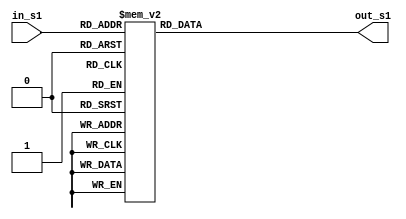
module s_box_01(in_s1,out_s1);

input [7:0] in_s1;
output reg [31:0] out_s1;

always@(*)
begin
	
	case(in_s1)
	
		8'h00 : out_s1 = 32'hd1310ba6  ;
		8'h01 : out_s1 = 32'h98dfb5ac  ;
		8'h02 : out_s1 = 32'h2ffd72db  ;
		8'h03 : out_s1 = 32'hd01adfb7  ;
		8'h04 : out_s1 = 32'hb8e1afed  ;
		8'h05 : out_s1 = 32'h6a267e96  ;
		8'h06 : out_s1 = 32'hba7c9045  ;
		8'h07 : out_s1 = 32'hf12c7f99  ;
		8'h08 : out_s1 = 32'h24a19947  ;
		8'h09 : out_s1 = 32'hb3916cf7  ;
		8'h0A : out_s1 = 32'h0801f2e2  ;
		8'h0B : out_s1 = 32'h858efc16  ;
		8'h0C : out_s1 = 32'h636920d8  ;
		8'h0D : out_s1 = 32'h71574e69  ;
		8'h0E : out_s1 = 32'ha458fea3  ;
		8'h0F : out_s1 = 32'hf4933d7e  ;
		8'h10 : out_s1 = 32'h0d95748f  ;
		8'h11 : out_s1 = 32'h728eb658  ;
		8'h12 : out_s1 = 32'h718bcd58  ;
		8'h13 : out_s1 = 32'h82154aee  ;
		8'h14 : out_s1 = 32'h7b54a41d  ;
		8'h15 : out_s1 = 32'hc25a59b5  ;
		8'h16 : out_s1 = 32'h9c30d539  ;
		8'h17 : out_s1 = 32'h2af26013  ;
		8'h18 : out_s1 = 32'hc5d1b023  ;
		8'h19 : out_s1 = 32'h286085f0  ;
		8'h1A : out_s1 = 32'hca417918  ;
		8'h1B : out_s1 = 32'hb8db38ef  ;
		8'h1C : out_s1 = 32'h8e79dcb0  ;
		8'h1D : out_s1 = 32'h603a180e  ;
		8'h1E : out_s1 = 32'h6c9e0e8b  ;
		8'h1F : out_s1 = 32'hb01e8a3e  ;
		8'h20 : out_s1 = 32'hd71577c1  ;
		8'h21 : out_s1 = 32'hbd314b27  ;
		8'h22 : out_s1 = 32'h78af2fda  ;
		8'h23 : out_s1 = 32'h55605c60  ;
		8'h24 : out_s1 = 32'he65525f3  ;
		8'h25 : out_s1 = 32'haa55ab94  ;
		8'h26 : out_s1 = 32'h57489862  ;
		8'h27 : out_s1 = 32'h63e81440  ;
		8'h28 : out_s1 = 32'h55ca396a  ;
		8'h29 : out_s1 = 32'h2aab10b6  ;
		8'h2A : out_s1 = 32'hb4cc5c34  ;
		8'h2B : out_s1 = 32'h1141e8ce  ;
		8'h2C : out_s1 = 32'ha15486af  ;
		8'h2D : out_s1 = 32'h7c72e993  ;
		8'h2E : out_s1 = 32'hb3ee1411  ;
		8'h2F : out_s1 = 32'h636fbc2a  ;
		8'h30 : out_s1 = 32'h2ba9c55d  ;
		8'h31 : out_s1 = 32'h741831f6  ;
		8'h32 : out_s1 = 32'hce5c3e16  ;
		8'h33 : out_s1 = 32'h9b87931e  ;
		8'h34 : out_s1 = 32'hafd6ba33  ;
		8'h35 : out_s1 = 32'h6c24cf5c  ;
		8'h36 : out_s1 = 32'h7a325381  ;
		8'h37 : out_s1 = 32'h28958677  ;
		8'h38 : out_s1 = 32'h3b8f4898  ;
		8'h39 : out_s1 = 32'h6b4bb9af  ;
		8'h3A : out_s1 = 32'hc4bfe81b  ;
		8'h3B : out_s1 = 32'h66282193  ;
		8'h3C : out_s1 = 32'h61d809cc  ;
		8'h3D : out_s1 = 32'hfb21a991  ;
		8'h3E : out_s1 = 32'h487cac60  ;
		8'h3F : out_s1 = 32'h5dec8032  ;
		8'h40 : out_s1 = 32'hef845d5d  ;
		8'h41 : out_s1 = 32'he98575b1  ;
		8'h42 : out_s1 = 32'hdc262302  ;
		8'h43 : out_s1 = 32'heb651b88  ;
		8'h44 : out_s1 = 32'h23893e81  ;
		8'h45 : out_s1 = 32'hd396acc5  ;
		8'h46 : out_s1 = 32'h0f6d6ff3  ;
		8'h47 : out_s1 = 32'h83f44239  ;
		8'h48 : out_s1 = 32'h2e0b4482  ;
		8'h49 : out_s1 = 32'ha4842004  ;
		8'h4A : out_s1 = 32'h69c8f04a  ;
		8'h4B : out_s1 = 32'h9e1f9b5e  ;
		8'h4C : out_s1 = 32'h21c66842  ;
		8'h4D : out_s1 = 32'hf6e96c9a  ;
		8'h4E : out_s1 = 32'h670c9c61  ;
		8'h4F : out_s1 = 32'habd388f0  ;
		8'h50 : out_s1 = 32'h6a51a0d2  ;
		8'h51 : out_s1 = 32'hd8542f68  ;
		8'h52 : out_s1 = 32'h960fa728  ;
		8'h53 : out_s1 = 32'hab5133a3  ;
		8'h54 : out_s1 = 32'h6eef0b6c  ;
		8'h55 : out_s1 = 32'h137a3be4  ;
		8'h56 : out_s1 = 32'hba3bf050  ;
		8'h57 : out_s1 = 32'h7efb2a98  ;
		8'h58 : out_s1 = 32'ha1f1651d  ;
		8'h59 : out_s1 = 32'h39af0176  ;
		8'h5A : out_s1 = 32'h66ca593e  ;
		8'h5B : out_s1 = 32'h82430e88  ;
		8'h5C : out_s1 = 32'h8cee8619  ;
		8'h5D : out_s1 = 32'h456f9fb4  ;
		8'h5E : out_s1 = 32'h7d84a5c3  ;
		8'h5F : out_s1 = 32'h3b8b5ebe  ;
		8'h60 : out_s1 = 32'he06f75d8  ;
		8'h61 : out_s1 = 32'h85c12073  ;
		8'h62 : out_s1 = 32'h401a449f  ;
		8'h63 : out_s1 = 32'h56c16aa6  ;
		8'h64 : out_s1 = 32'h4ed3aa62  ;
		8'h65 : out_s1 = 32'h363f7706  ;
		8'h66 : out_s1 = 32'h1bfedf72  ;
		8'h67 : out_s1 = 32'h429b023d  ;
		8'h68 : out_s1 = 32'h37d0d724  ;
		8'h69 : out_s1 = 32'hd00a1248  ;
		8'h6A : out_s1 = 32'hdb0fead3  ;
		8'h6B : out_s1 = 32'h49f1c09b  ;
		8'h6C : out_s1 = 32'h075372c9  ;
		8'h6D : out_s1 = 32'h80991b7b  ;
		8'h6E : out_s1 = 32'h25d479d8  ;
		8'h6F : out_s1 = 32'hf6e8def7  ;
		8'h70 : out_s1 = 32'he3fe501a  ;
		8'h71 : out_s1 = 32'hb6794c3b  ;
		8'h72 : out_s1 = 32'h976ce0bd  ;
		8'h73 : out_s1 = 32'h04c006ba  ;
		8'h74 : out_s1 = 32'hc1a94fb6  ;
		8'h75 : out_s1 = 32'h409f60c4  ;
		8'h76 : out_s1 = 32'h5e5c9ec2  ;
		8'h77 : out_s1 = 32'h196a2463  ;
		8'h78 : out_s1 = 32'h68fb6faf  ;
		8'h79 : out_s1 = 32'h3e6c53b5  ;
		8'h7A : out_s1 = 32'h1339b2eb  ;
		8'h7B : out_s1 = 32'h3b52ec6f  ;
		8'h7C : out_s1 = 32'h6dfc511f  ;
		8'h7D : out_s1 = 32'h9b30952c  ;
		8'h7E : out_s1 = 32'hcc814544  ;
		8'h7F : out_s1 = 32'haf5ebd09  ;
		8'h80 : out_s1 = 32'hbee3d004  ;
		8'h81 : out_s1 = 32'hde334afd  ;
		8'h82 : out_s1 = 32'h660f2807  ;
		8'h83 : out_s1 = 32'h192e4bb3  ;
		8'h84 : out_s1 = 32'hc0cba857  ;
		8'h85 : out_s1 = 32'h45c8740f  ;
		8'h86 : out_s1 = 32'hd20b5f39  ;
		8'h87 : out_s1 = 32'hb9d3fbdb  ;
		8'h88 : out_s1 = 32'h5579c0bd  ;
		8'h89 : out_s1 = 32'h1a60320a  ;
		8'h8A : out_s1 = 32'hd6a100c6  ;
		8'h8B : out_s1 = 32'h402c7279  ;
		8'h8C : out_s1 = 32'h679f25fe  ;
		8'h8D : out_s1 = 32'hfb1fa3cc  ;
		8'h8E : out_s1 = 32'h8ea5e9f8  ;
		8'h8F : out_s1 = 32'hdb3222f8  ;
		8'h90 : out_s1 = 32'h3c7516df  ;
		8'h91 : out_s1 = 32'hfd616b15  ;
		8'h92 : out_s1 = 32'h2f501ec8  ;
		8'h93 : out_s1 = 32'had0552ab  ;
		8'h94 : out_s1 = 32'h323db5fa  ;
		8'h95 : out_s1 = 32'hfd238760  ;
		8'h96 : out_s1 = 32'h53317b48  ;
		8'h97 : out_s1 = 32'h3e00df82  ;
		8'h98 : out_s1 = 32'h9e5c57bb  ;
		8'h99 : out_s1 = 32'hca6f8ca0  ;
		8'h9A : out_s1 = 32'h1a87562e  ;
		8'h9B : out_s1 = 32'hdf1769db  ;
		8'h9C : out_s1 = 32'hd542a8f6  ;
		8'h9D : out_s1 = 32'h287effc3  ;
		8'h9E : out_s1 = 32'hac6732c6  ;
		8'h9F : out_s1 = 32'h8c4f5573  ;
		8'hA0 : out_s1 = 32'h695b27b0  ;
		8'hA1 : out_s1 = 32'hbbca58c8  ;
		8'hA2 : out_s1 = 32'he1ffa35d  ;
		8'hA3 : out_s1 = 32'hb8f011a0  ;
		8'hA4 : out_s1 = 32'h10fa3d98  ;
		8'hA5 : out_s1 = 32'hfd2183b8  ;
		8'hA6 : out_s1 = 32'h4afcb56c  ;
		8'hA7 : out_s1 = 32'h2dd1d35b  ;
		8'hA8 : out_s1 = 32'h9a53e479  ;
		8'hA9 : out_s1 = 32'hb6f84565  ;
		8'hAA : out_s1 = 32'hd28e49bc  ;
		8'hAB : out_s1 = 32'h4bfb9790  ;
		8'hAC : out_s1 = 32'he1ddf2da  ;
		8'hAD : out_s1 = 32'ha4cb7e33  ;
		8'hAE : out_s1 = 32'h62fb1341  ;
		8'hAF : out_s1 = 32'hcee4c6e8  ;
		8'hB0 : out_s1 = 32'hef20cada  ;
		8'hB1 : out_s1 = 32'h36774c01  ;
		8'hB2 : out_s1 = 32'hd07e9efe  ;
		8'hB3 : out_s1 = 32'h2bf11fb4  ;
		8'hB4 : out_s1 = 32'h95dbda4d  ;
		8'hB5 : out_s1 = 32'hae909198  ;
		8'hB6 : out_s1 = 32'heaad8e71  ;
		8'hB7 : out_s1 = 32'h6b93d5a0  ;
		8'hB8 : out_s1 = 32'hd08ed1d0  ;
		8'hB9 : out_s1 = 32'hafc725e0  ;
		8'hBA : out_s1 = 32'h8e3c5b2f  ;
		8'hBB : out_s1 = 32'h8e7594b7  ;
		8'hBC : out_s1 = 32'h8ff6e2fb  ;
		8'hBD : out_s1 = 32'hf2122b64  ;
		8'hBE : out_s1 = 32'h8888b812  ;
		8'hBF : out_s1 = 32'h900df01c  ;
		8'hC0 : out_s1 = 32'h4fad5ea0  ;
		8'hC1 : out_s1 = 32'h688fc31c  ;
		8'hC2 : out_s1 = 32'hd1cff191  ;
		8'hC3 : out_s1 = 32'hb3a8c1ad  ;
		8'hC4 : out_s1 = 32'h2f2f2218  ;
		8'hC5 : out_s1 = 32'hbe0e1777  ;
		8'hC6 : out_s1 = 32'hea752dfe  ;
		8'hC7 : out_s1 = 32'h8b021fa1  ;
		8'hC8 : out_s1 = 32'he5a0cc0f  ;
		8'hC9 : out_s1 = 32'hb56f74e8  ;
		8'hCA : out_s1 = 32'h18acf3d6  ;
		8'hCB : out_s1 = 32'hce89e299  ;
		8'hCC : out_s1 = 32'hb4a84fe0  ;
		8'hCD : out_s1 = 32'hfd13e0b7  ;
		8'hCE : out_s1 = 32'h7cc43b81  ;
		8'hCF : out_s1 = 32'hd2ada8d9  ;
		8'hD0 : out_s1 = 32'h165fa266  ;
		8'hD1 : out_s1 = 32'h80957705  ;
		8'hD2 : out_s1 = 32'h93cc7314  ;
		8'hD3 : out_s1 = 32'h211a1477  ;
		8'hD4 : out_s1 = 32'he6ad2065  ;
		8'hD5 : out_s1 = 32'h77b5fa86  ;
		8'hD6 : out_s1 = 32'hc75442f5  ;
		8'hD7 : out_s1 = 32'hfb9d35cf  ;
		8'hD8 : out_s1 = 32'hebcdaf0c  ;
		8'hD9 : out_s1 = 32'h7b3e89a0  ;
		8'hDA : out_s1 = 32'hd6411bd3  ;
		8'hDB : out_s1 = 32'hae1e7e49  ;
		8'hDC : out_s1 = 32'h00250e2d  ;
		8'hDD : out_s1 = 32'h2071b35e  ;
		8'hDE : out_s1 = 32'h226800bb  ;
		8'hDF : out_s1 = 32'h57b8e0af  ;
		8'hE0 : out_s1 = 32'h2464369b  ;
		8'hE1 : out_s1 = 32'hf009b91e  ;
		8'hE2 : out_s1 = 32'h5563911d  ;
		8'hE3 : out_s1 = 32'h59dfa6aa  ;
		8'hE4 : out_s1 = 32'h78c14389  ;
		8'hE5 : out_s1 = 32'hd95a537f  ;
		8'hE6 : out_s1 = 32'h207d5ba2  ;
		8'hE7 : out_s1 = 32'h02e5b9c5  ;
		8'hE8 : out_s1 = 32'h83260376  ;
		8'hE9 : out_s1 = 32'h6295cfa9  ;
		8'hEA : out_s1 = 32'h11c81968  ;
		8'hEB : out_s1 = 32'h4e734a41  ;
		8'hEC : out_s1 = 32'hb3472dca  ;
		8'hED : out_s1 = 32'h7b14a94a  ;
		8'hEE : out_s1 = 32'h1b510052  ;
		8'hEF : out_s1 = 32'h9a532915  ;
		8'hF0 : out_s1 = 32'hd60f573f  ;
		8'hF1 : out_s1 = 32'hbc9bc6e4  ;
		8'hF2 : out_s1 = 32'h2b60a476  ;
		8'hF3 : out_s1 = 32'h81e67400  ;
		8'hF4 : out_s1 = 32'h08ba6fb5  ;
		8'hF5 : out_s1 = 32'h571be91f  ;
		8'hF6 : out_s1 = 32'hf296ec6b  ;
		8'hF7 : out_s1 = 32'h2a0dd915  ;
		8'hF8 : out_s1 = 32'hb6636521  ;
		8'hF9 : out_s1 = 32'he7b9f9b6  ;
		8'hFA : out_s1 = 32'hff34052e  ;
		8'hFB : out_s1 = 32'hc5855664  ;
		8'hFC : out_s1 = 32'h53b02d5d  ;
		8'hFD : out_s1 = 32'ha99f8fa1  ;
		8'hFE : out_s1 = 32'h08ba4799  ;
		8'hFF : out_s1 = 32'h6e85076a  ;

endcase
end
endmodule